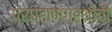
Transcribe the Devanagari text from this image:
प्रघ्राणग्रंथींची